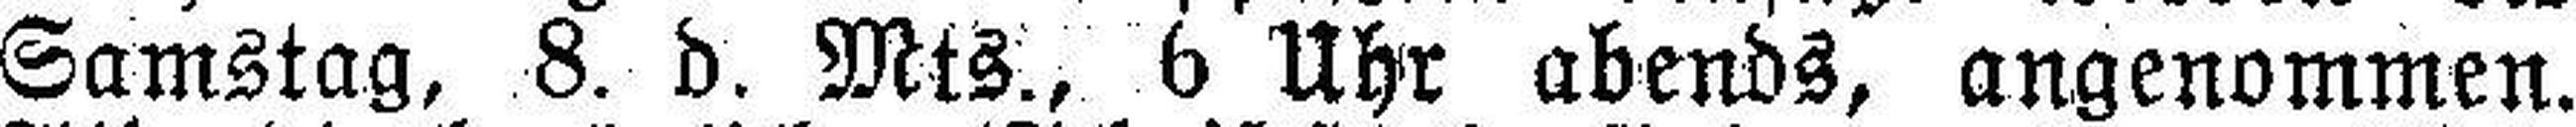
Samstag, 8. d. Mts., 6 Uhr abends, angenommen.